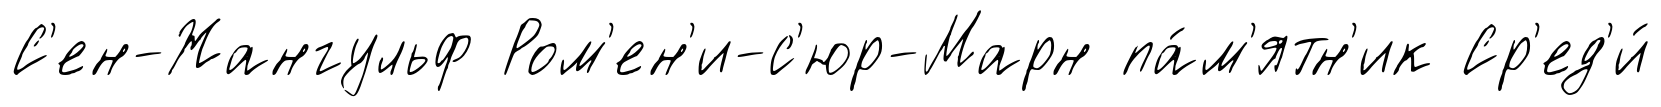
С'ен-Жангульф Ром'ен'и-с'юр-Марн па́м'ятн'ик Ср'ед'и́